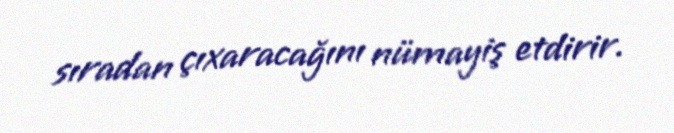
sıradan çıxaracağını nümayiş etdirir.